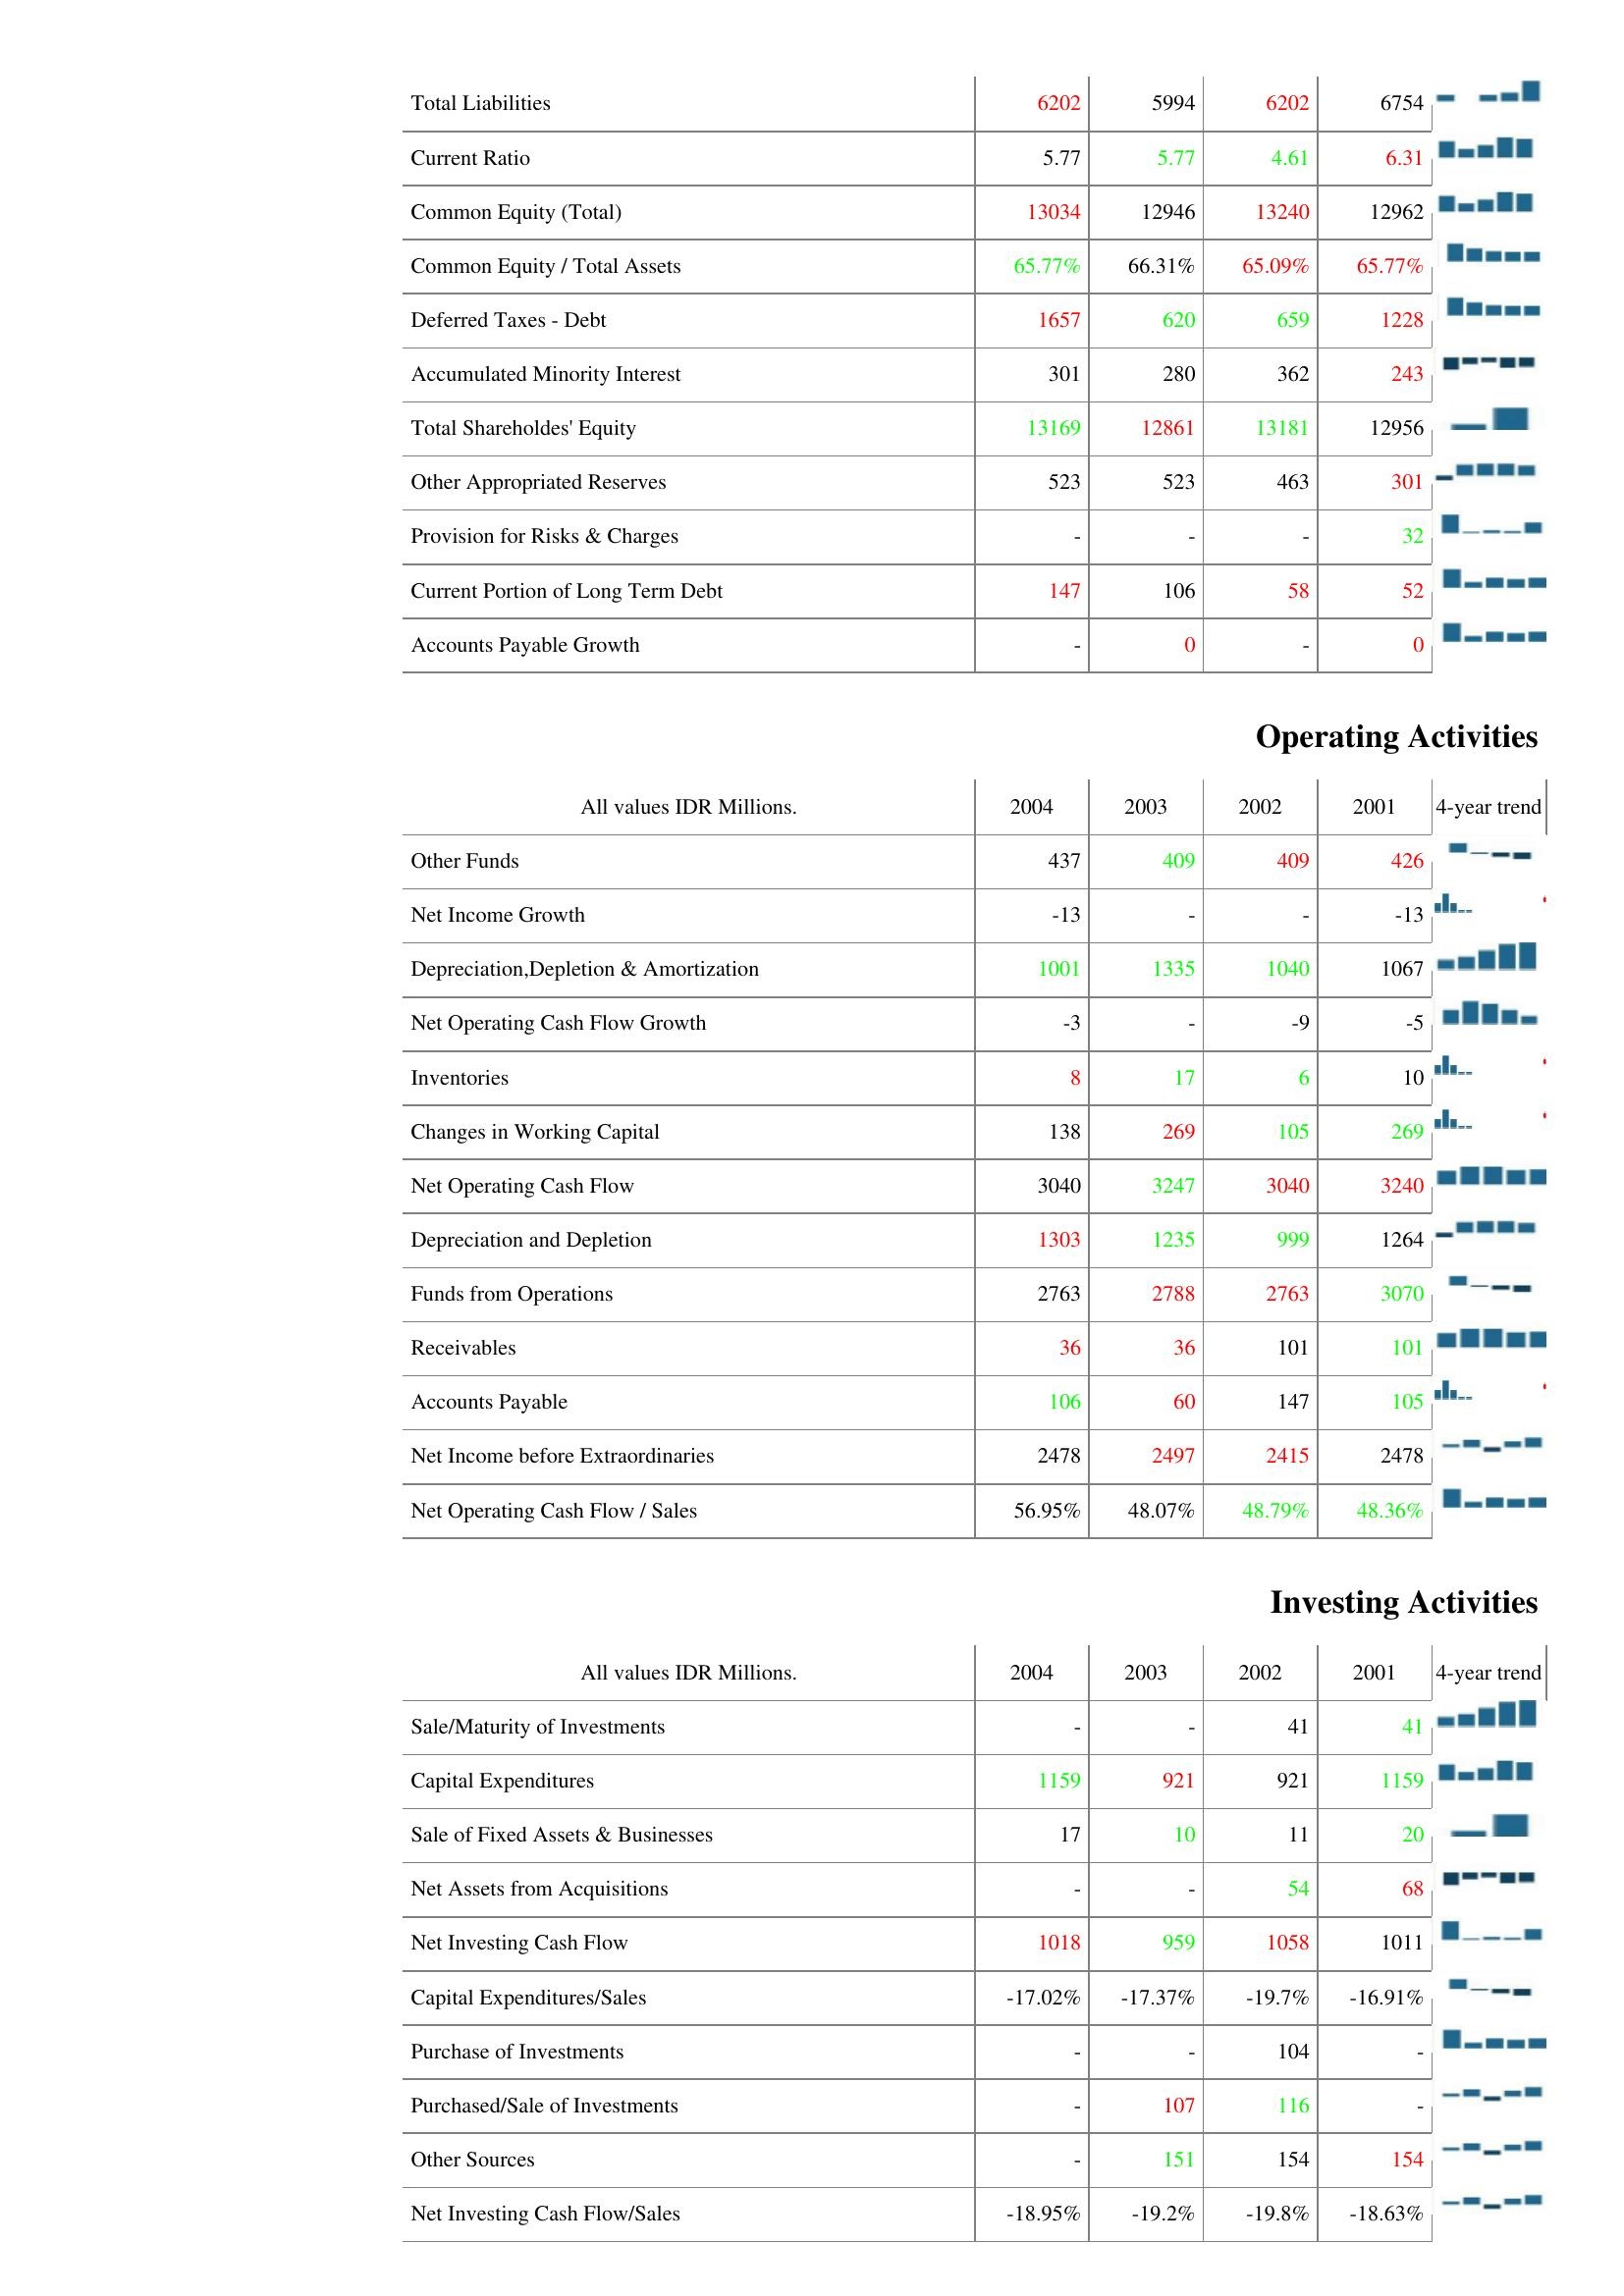
2004: Liabilities & Shareholder's Equity: Total Liabilities: 6202
Current Ratio: 5.77
Common Equity (Total): 13034
Common Equity / Total Assets: 65.77%
Deferred Taxes - Debt: 1657
Accumulated Minority Interest: 301
Total Shareholdes' Equity: 13169
Other Appropriated Reserves: 523
Provision for Risks & Charges: -
Current Portion of Long Term Debt: 147
Accounts Payable Growth: -
Operating Activities: Other Funds: 437
Net Income Growth: -13
Depreciation,Depletion & Amortization: 1001
Net Operating Cash Flow Growth: -3
Inventories: 8
Changes in Working Capital: 138
Net Operating Cash Flow: 3040
Depreciation and Depletion: 1303
Funds from Operations: 2763
Receivables: 36
Accounts Payable: 106
Net Income before Extraordinaries: 2478
Net Operating Cash Flow / Sales: 56.95%
Investing Activities: Sale/Maturity of Investments: -
Capital Expenditures: 1159
Sale of Fixed Assets & Businesses: 17
Net Assets from Acquisitions: -
Net Investing Cash Flow: 1018
Capital Expenditures/Sales: -17.02%
Purchase of Investments: -
Purchased/Sale of Investments: -
Other Sources: -
Net Investing Cash Flow/Sales: -18.95%
2003: Liabilities & Shareholder's Equity: Total Liabilities: 5994
Current Ratio: 5.77
Common Equity (Total): 12946
Common Equity / Total Assets: 66.31%
Deferred Taxes - Debt: 620
Accumulated Minority Interest: 280
Total Shareholdes' Equity: 12861
Other Appropriated Reserves: 523
Provision for Risks & Charges: -
Current Portion of Long Term Debt: 106
Accounts Payable Growth: 0
Operating Activities: Other Funds: 409
Net Income Growth: -
Depreciation,Depletion & Amortization: 1335
Net Operating Cash Flow Growth: -
Inventories: 17
Changes in Working Capital: 269
Net Operating Cash Flow: 3247
Depreciation and Depletion: 1235
Funds from Operations: 2788
Receivables: 36
Accounts Payable: 60
Net Income before Extraordinaries: 2497
Net Operating Cash Flow / Sales: 48.07%
Investing Activities: Sale/Maturity of Investments: -
Capital Expenditures: 921
Sale of Fixed Assets & Businesses: 10
Net Assets from Acquisitions: -
Net Investing Cash Flow: 959
Capital Expenditures/Sales: -17.37%
Purchase of Investments: -
Purchased/Sale of Investments: 107
Other Sources: 151
Net Investing Cash Flow/Sales: -19.2%
2002: Liabilities & Shareholder's Equity: Total Liabilities: 6202
Current Ratio: 4.61
Common Equity (Total): 13240
Common Equity / Total Assets: 65.09%
Deferred Taxes - Debt: 659
Accumulated Minority Interest: 362
Total Shareholdes' Equity: 13181
Other Appropriated Reserves: 463
Provision for Risks & Charges: -
Current Portion of Long Term Debt: 58
Accounts Payable Growth: -
Operating Activities: Other Funds: 409
Net Income Growth: -
Depreciation,Depletion & Amortization: 1040
Net Operating Cash Flow Growth: -9
Inventories: 6
Changes in Working Capital: 105
Net Operating Cash Flow: 3040
Depreciation and Depletion: 999
Funds from Operations: 2763
Receivables: 101
Accounts Payable: 147
Net Income before Extraordinaries: 2415
Net Operating Cash Flow / Sales: 48.79%
Investing Activities: Sale/Maturity of Investments: 41
Capital Expenditures: 921
Sale of Fixed Assets & Businesses: 11
Net Assets from Acquisitions: 54
Net Investing Cash Flow: 1058
Capital Expenditures/Sales: -19.7%
Purchase of Investments: 104
Purchased/Sale of Investments: 116
Other Sources: 154
Net Investing Cash Flow/Sales: -19.8%
2001: Liabilities & Shareholder's Equity: Total Liabilities: 6754
Current Ratio: 6.31
Common Equity (Total): 12962
Common Equity / Total Assets: 65.77%
Deferred Taxes - Debt: 1228
Accumulated Minority Interest: 243
Total Shareholdes' Equity: 12956
Other Appropriated Reserves: 301
Provision for Risks & Charges: 32
Current Portion of Long Term Debt: 52
Accounts Payable Growth: 0
Operating Activities: Other Funds: 426
Net Income Growth: -13
Depreciation,Depletion & Amortization: 1067
Net Operating Cash Flow Growth: -5
Inventories: 10
Changes in Working Capital: 269
Net Operating Cash Flow: 3240
Depreciation and Depletion: 1264
Funds from Operations: 3070
Receivables: 101
Accounts Payable: 105
Net Income before Extraordinaries: 2478
Net Operating Cash Flow / Sales: 48.36%
Investing Activities: Sale/Maturity of Investments: 41
Capital Expenditures: 1159
Sale of Fixed Assets & Businesses: 20
Net Assets from Acquisitions: 68
Net Investing Cash Flow: 1011
Capital Expenditures/Sales: -16.91%
Purchase of Investments: -
Purchased/Sale of Investments: -
Other Sources: 154
Net Investing Cash Flow/Sales: -18.63%